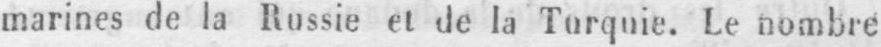
marines de la Russie et de la Turquie. Le nombre